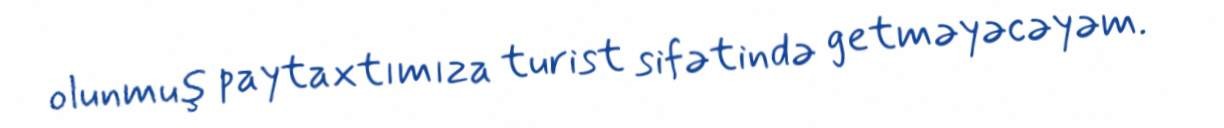
olunmuş paytaxtımıza turist sifətində getməyəcəyəm.